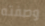
وصفته